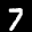
Label: 7